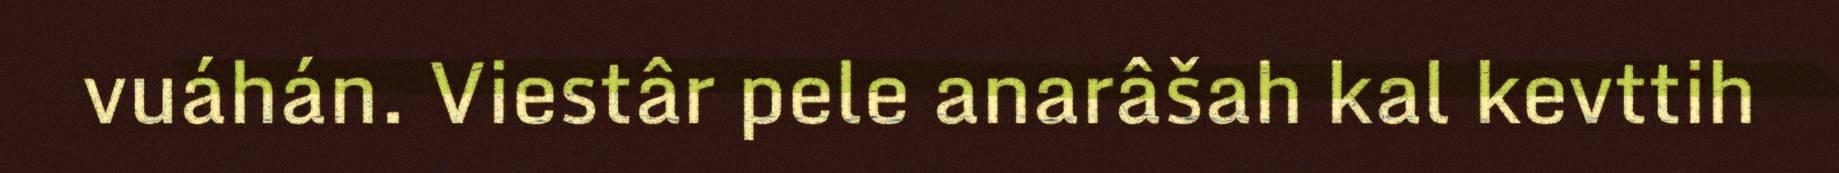
vuáhán. Viestâr pele anarâšah kal kevttih